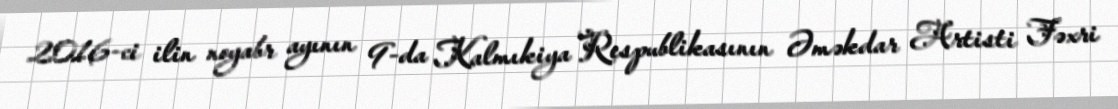
2016-ci ilin noyabr ayının 9-da Kalmıkiya Respublikasının Əməkdar Artisti Fəxri